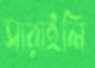
সারাইলি